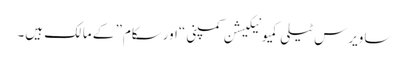
ساویرس ٹیلی کمیونیکیشن کمپنی “اورسکام” کے مالک ہیں۔